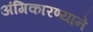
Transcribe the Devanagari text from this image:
अंगिकारण्याने